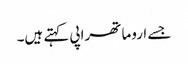
جسے اروما تھراپی کہتے ہیں۔